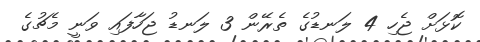
ކޮޅަށް ޖެހި 4 ލަނޑުގެ ތެރޭން 3 ލަނޑު ޖަހާފައި ވަނީ މެޗުގެ